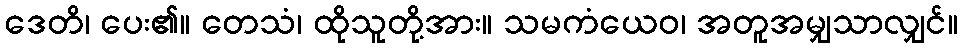
ဒေတိ၊ ပေး၏။ တေသံ၊ ထိုသူတို့အား။ သမကံယေဝ၊ အတူအမျှသာလျှင်။